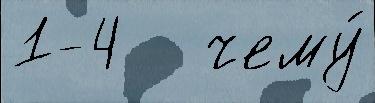
1-4   чему́